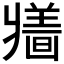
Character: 𱭕